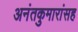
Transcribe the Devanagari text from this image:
अनंतकुमारांसह